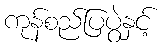
ကုန်စည်ပြပွဲနှင့်